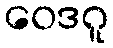
ဝေဒဂူ